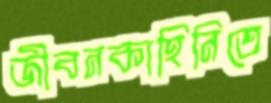
জীবনকাহিনিতে